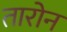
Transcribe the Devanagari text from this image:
तारोन